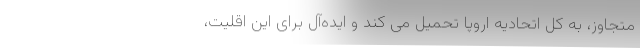
متجاوز، به کل اتحادیه اروپا تحمیل می کند و ایده‌آل برای این اقلیت،